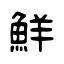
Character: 鮮